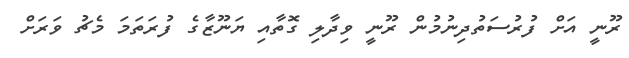
ރޫނީ އަށް ފުރުސަތުދިނުމުން ރޫނީ ވިދާލި ގޮތާއި ޔަނޫޒާގެ ފުރަތަމަ މެޗު ވަރަށް